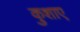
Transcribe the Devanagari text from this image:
कुशाए